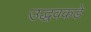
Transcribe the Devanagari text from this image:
उद्धवकडे